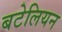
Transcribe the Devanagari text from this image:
बटेलियन